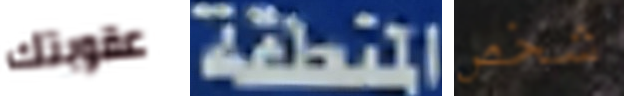
عقوبتك المنطقة شخص